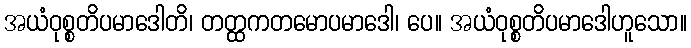
အယံဝုစ္စတိပမာဒေါတိ၊ တတ္ထကတမောပမာဒေါ၊ ပေ။ အယံဝုစ္စတိပမာဒေါဟူသော။